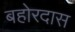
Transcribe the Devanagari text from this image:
बहोरदास